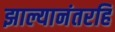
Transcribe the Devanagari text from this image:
झाल्यानंतरहि